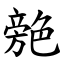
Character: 䒍